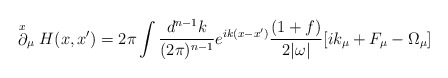
\begin{align*}\stackrel{x}{\partial}_\mu H(x,x')= 2\pi \int \frac{d^{n-1}k}{(2\pi)^{n-1}}e^{ik(x-x')}\frac{(1+f)}{2|\omega|}\lbrack ik_\mu+F_\mu-\Omega_\mu\rbrack\end{align*}